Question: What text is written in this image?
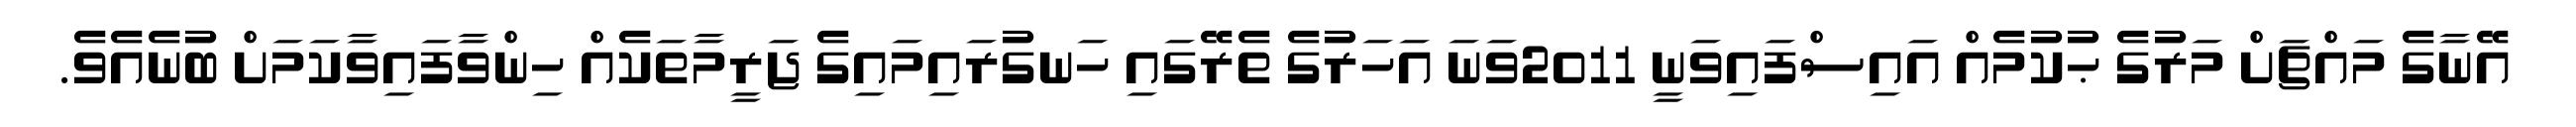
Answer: އޭނާގެ މައްޗަށް މަރުގެ ޙުކުމެއް އައިސްފައިވަނީ 2011ވަނަ އަހަރުގެ ތެރޭގައި ހަނގުރައިމައިގެ ޖަރީމާތަކެއް ހިންވާފައިވާކަމަށް ބުނެއެވެ.